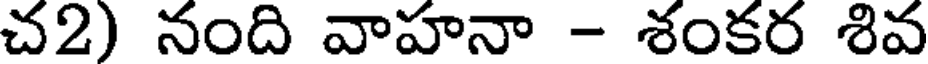
చ2) నంది వాహనా - శంకర శివ